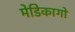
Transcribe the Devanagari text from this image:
मेडिकागो